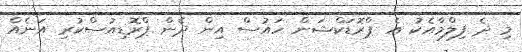
މި ދެ ފިލްމާއެކު އެ ޕްރޮޑަކްޝަން ހައުސް އިން ދެން ޕްރޮޑިއުސްކުރި އަނެއް